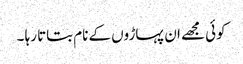
کوئی مجھے ان پہاڑوں کے نام بتاتا رہا ۔